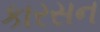
કારસન